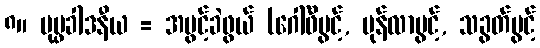
၈။ ပုပ္ဖခါဒနီယ = အပွင့်ခဲဖွယ် (ဂေါ်ဖီပွင့်, မုန်လာပွင့်, သခွတ်ပွင့်